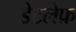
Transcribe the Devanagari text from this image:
डेटलेफ़